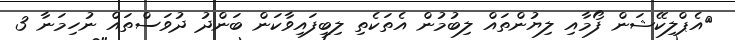
އެޕްލިކޭޝަން ފޯމާއި ލިޔުންތައް ލިބުމުން އެތަކެތި ލިބިފައިވާކަން ބަންދު ދުވަސްތައް ނުހިމަނާ 3